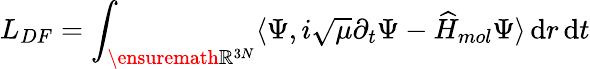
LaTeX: L_{DF}=\int_{\ensuremath{\mathbb{R}}^{3N}}\langle\Psi,i\sqrt{\mu}\partial_{t}\Psi-\widehat H_{mol}\Psi\rangle\, \mathrm{d}r\, \mathrm{d}t